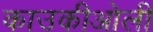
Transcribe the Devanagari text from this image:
काउकीओली